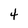
Character: 4